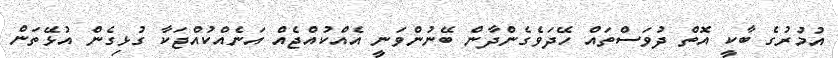
އުމުރުގެ ބާކީ އޮތް ދުވަސްތައް ހޭދަވެގެންދާން ބޭނުންވަނީ އެއްކުއްޖެއް އަނެއްކުއްޖަކާ ގުޅިގެން އުޅޭތަން